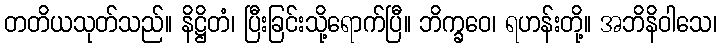
တတိယသုတ်သည်။ နိဋ္ဌိတံ၊ ပြီးခြင်းသို့ရောက်ပြီ။ ဘိက္ခဝေ၊ ရဟန်းတို့။ အဘိနိဝါသေ၊